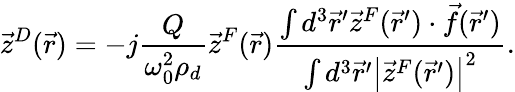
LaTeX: \vec{z}^{D}(\vec{r})=-j\frac{Q}{\omega_{0}^{2}\rho_{d}}\vec{z}^{F}(\vec{r})\frac{\int d^{3}\vec{r}^{\prime}\vec{z}^{F}(\vec{r}^{\prime})\cdot\vec{f}(\vec{r}^{\prime})}{\int d^{3}\vec{r}^{\prime}\left|\vec{z}^{F}(\vec{r}^{\prime})\right|^{2}}.